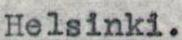
Helsinki.